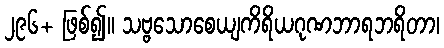
၂၉၆+ ဖြစ်၍။ သဗ္ဗသောစေယျကိရိယဂုဏဘာရဘရိတာ၊